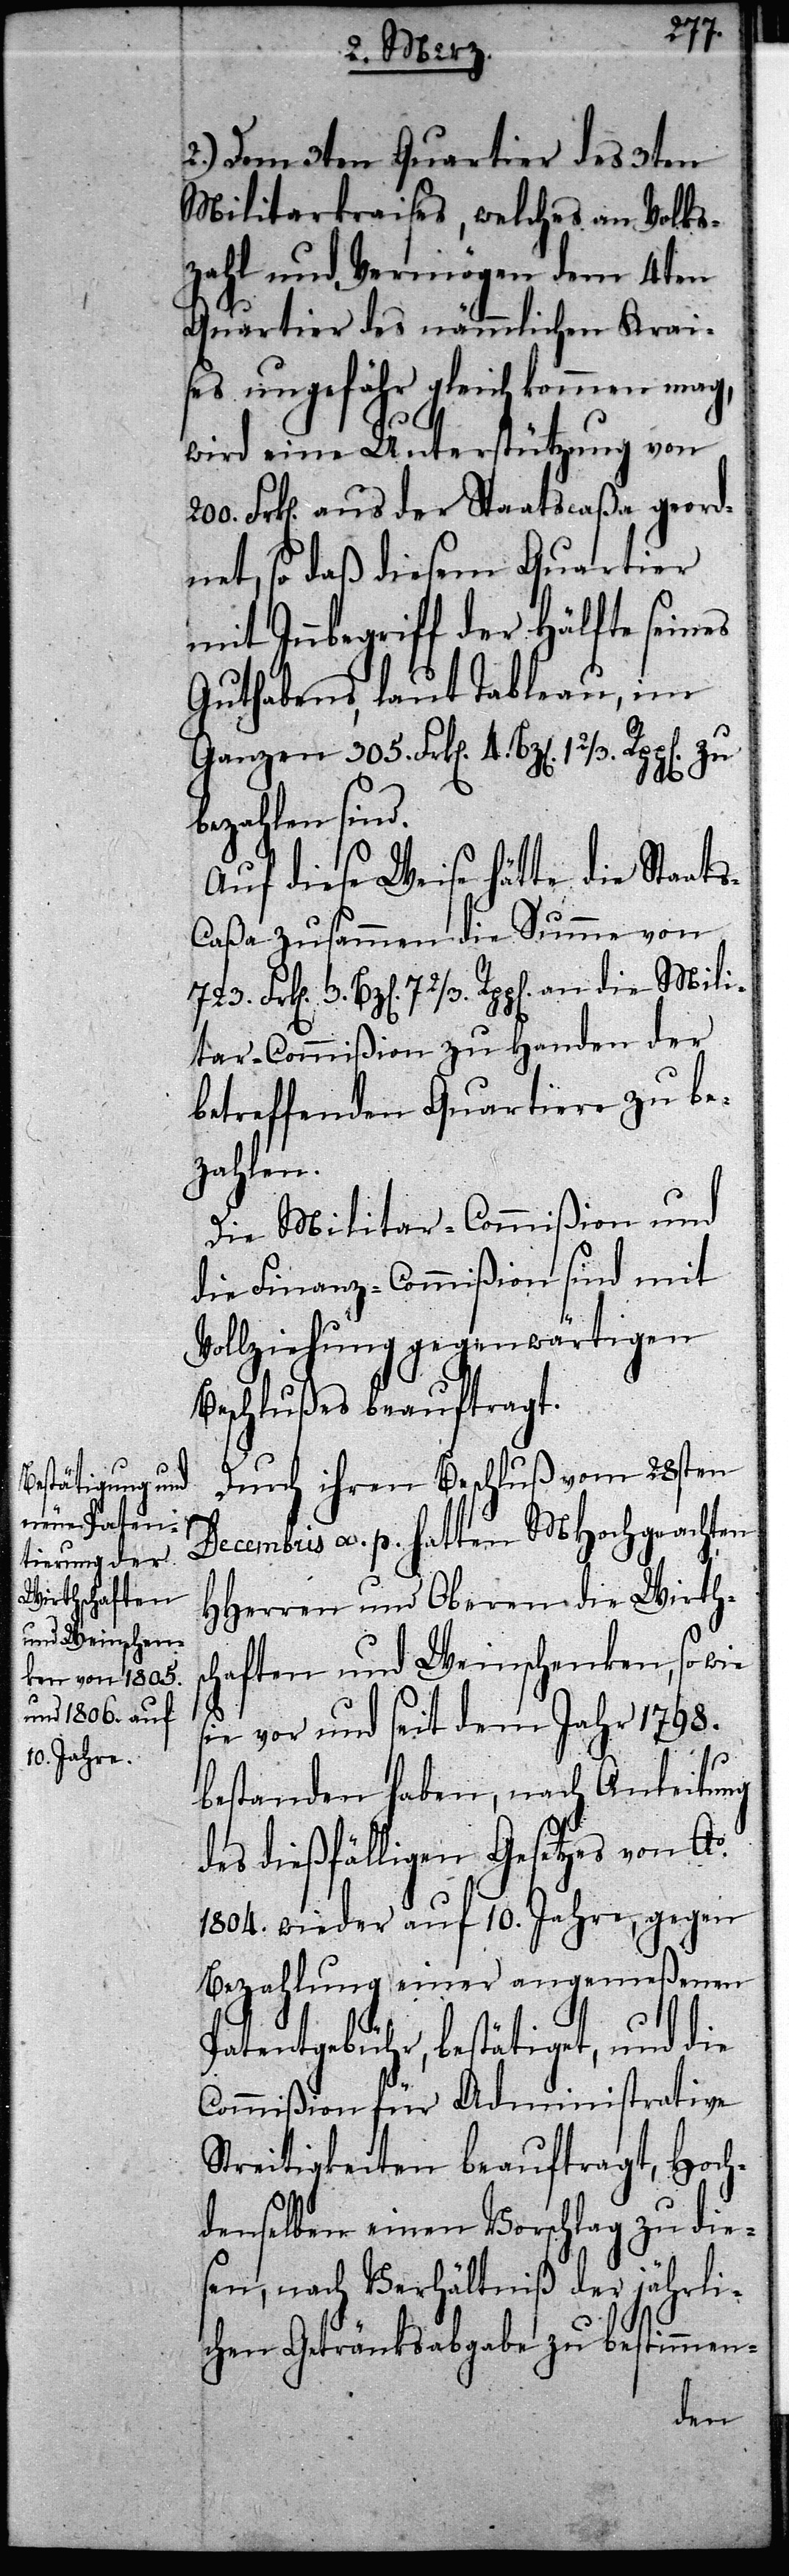
2.) Dem 3ten Quartier des 3ten
Militarkraises, welches an Volks¬
zahl und Vermögen dem 4ten
Quartier des nämmlichen Krai¬
ses ungefähr gleich kommen mag,
wird eine Unterstützung von
Frk[en]. aus der Staatscaßa geord¬
net, so daß diesem Quartier
mit Innbegriff der Hälfte seines
Guthabens, laut Tableau, im
Ganzen 305. Frk[en]. 4. Bz[en].
zu
bezahlen sind.
Auf diese Weise hätte die Staat¬
s-Caßa zusammen die Summe von
72/3. Rpp[en]. an die Mili¬
tar-Commißion zu Handen der
betreffenden Quartiere zu be¬
zahlen.
Die Militar-Commißion und
die Finanz-Commißion sind mit
Vollziehung gegenwärtigen
Beschlußes beauftragt.
Durch ihren Beschluß vom 28sten
Decembris a. p. hatten MHochgeachten
HHerren und Oberen die Wirths¬
chaften und Weinschenken, so wie
sie vor und seit dem Jahr 1798.
bestanden haben, nach Anleitung
des dießfälligen Gesetzes von Ao.
1804. wieder auf 10. Jahre, gegen
Bezahlung einer angemeßenen
Patentgebühr, bestätiget, und die
Commißion für Administrative
Streitigkeiten beauftragt, Hoch¬
denselben einen Vorschlag zu die¬
sen, nach Verhältniß der jährli¬
chen Getränksabgabe zu bestimmen-